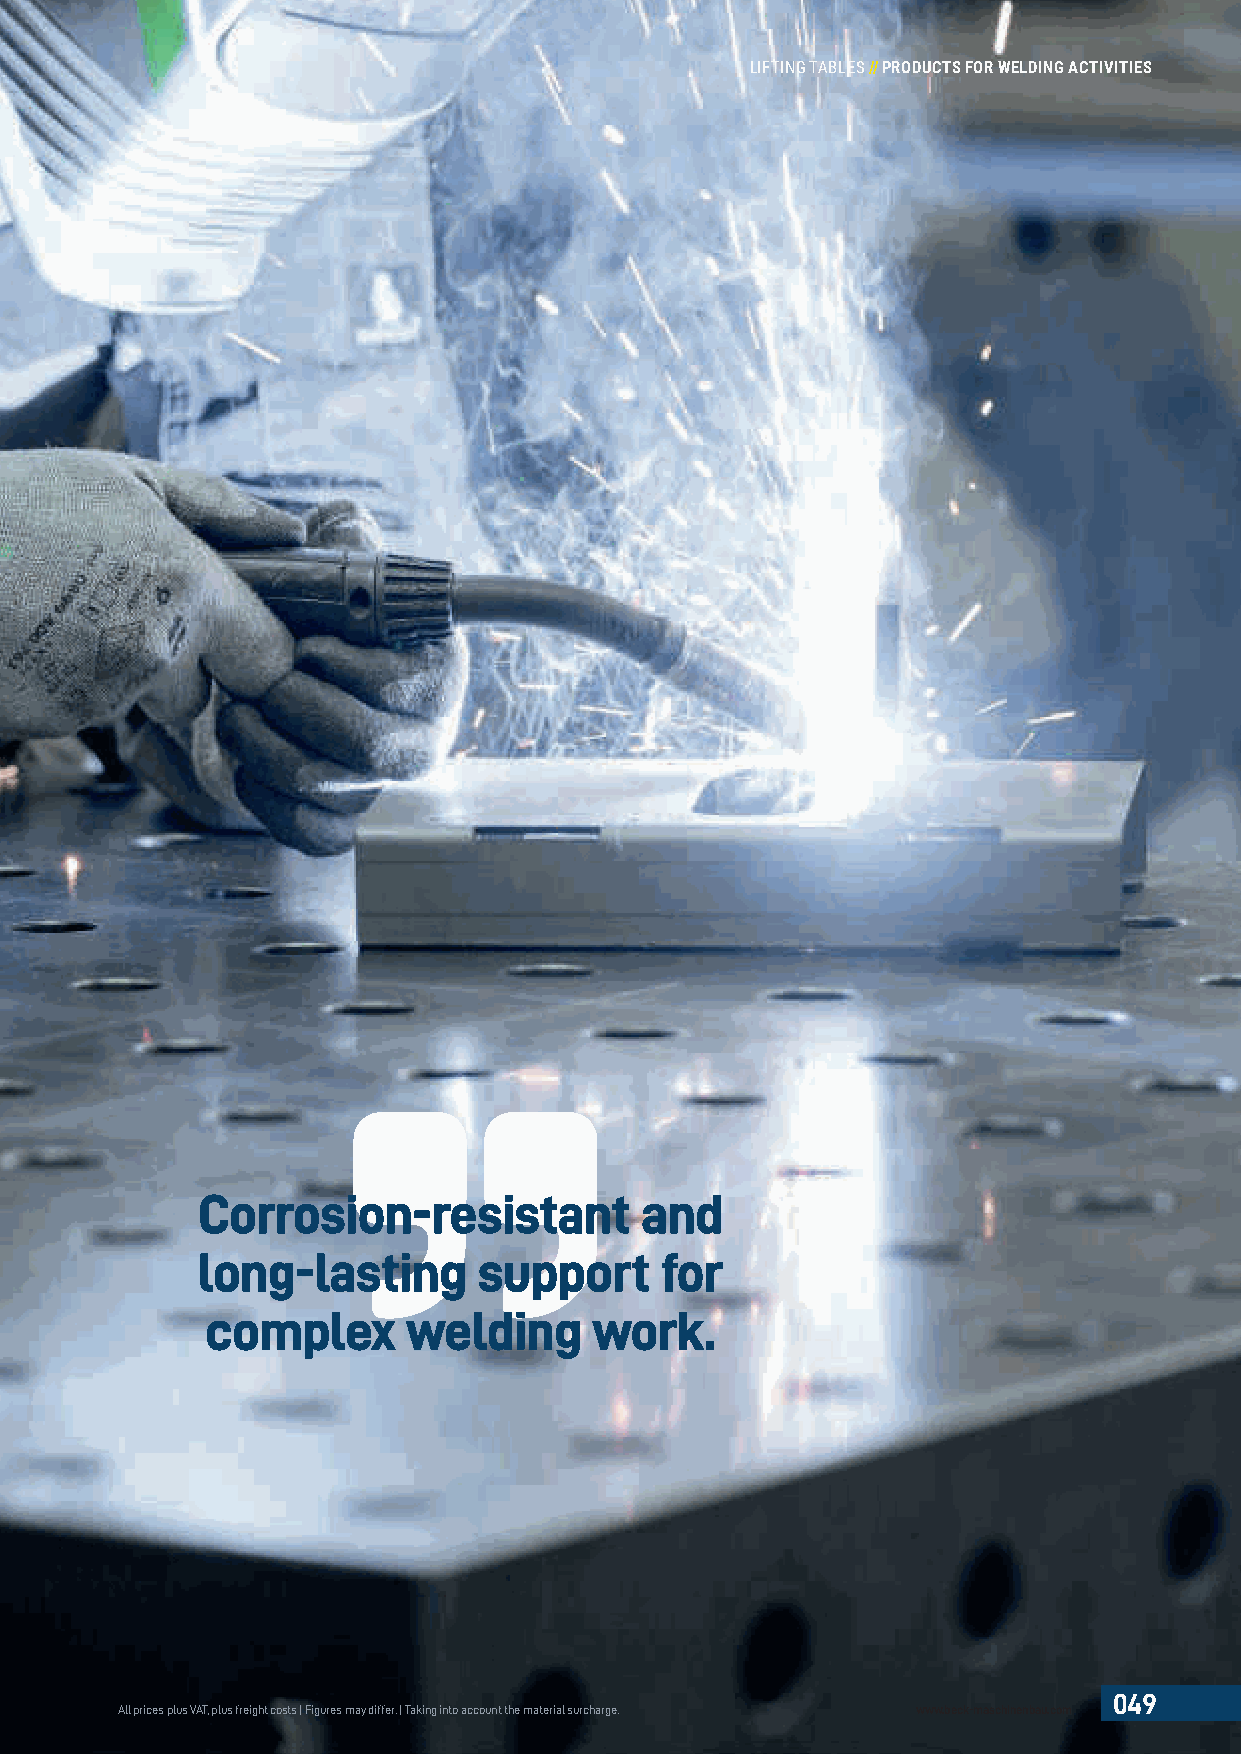
LIFTING TABLES//PRODUCTS FOR WELDING ACTIVITIES
 Corrosion-resistant          and
 long-lasting       support     for
 complex      welding     work.
 049
 All prices plus VAT, plus freight costs | Figures may differ. | Taking into account the material surcharge. www.beck-maschinenbau.com